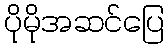
ပိုမိုအဆင်ပြေ